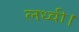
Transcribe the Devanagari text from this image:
लध्वी।